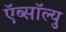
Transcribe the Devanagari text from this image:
ऍब्सॉल्यु